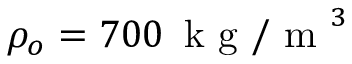
\rho _ { o } = 7 0 0 \, \mathrm { ~ k ~ g ~ / ~ m ~ } ^ { 3 }